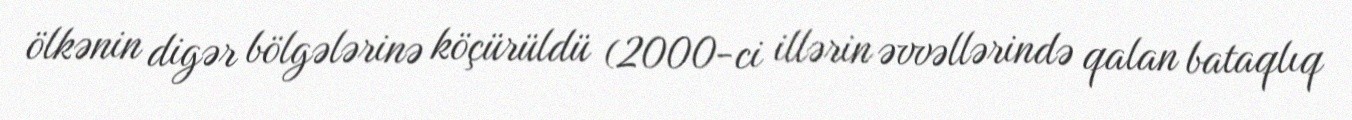
ölkənin digər bölgələrinə köçürüldü (2000-ci illərin əvvəllərində qalan bataqlıq